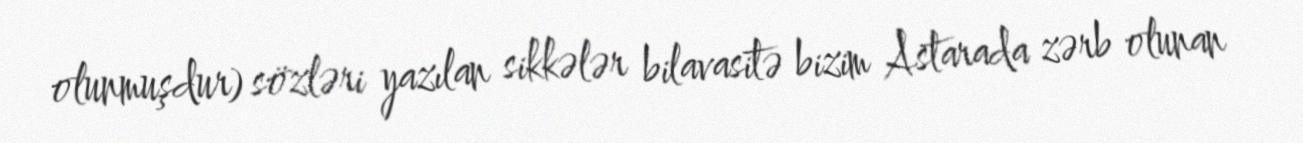
olunmuşdur) sözləri yazılan sikkələr bilavasitə bizim Astarada zərb olunan